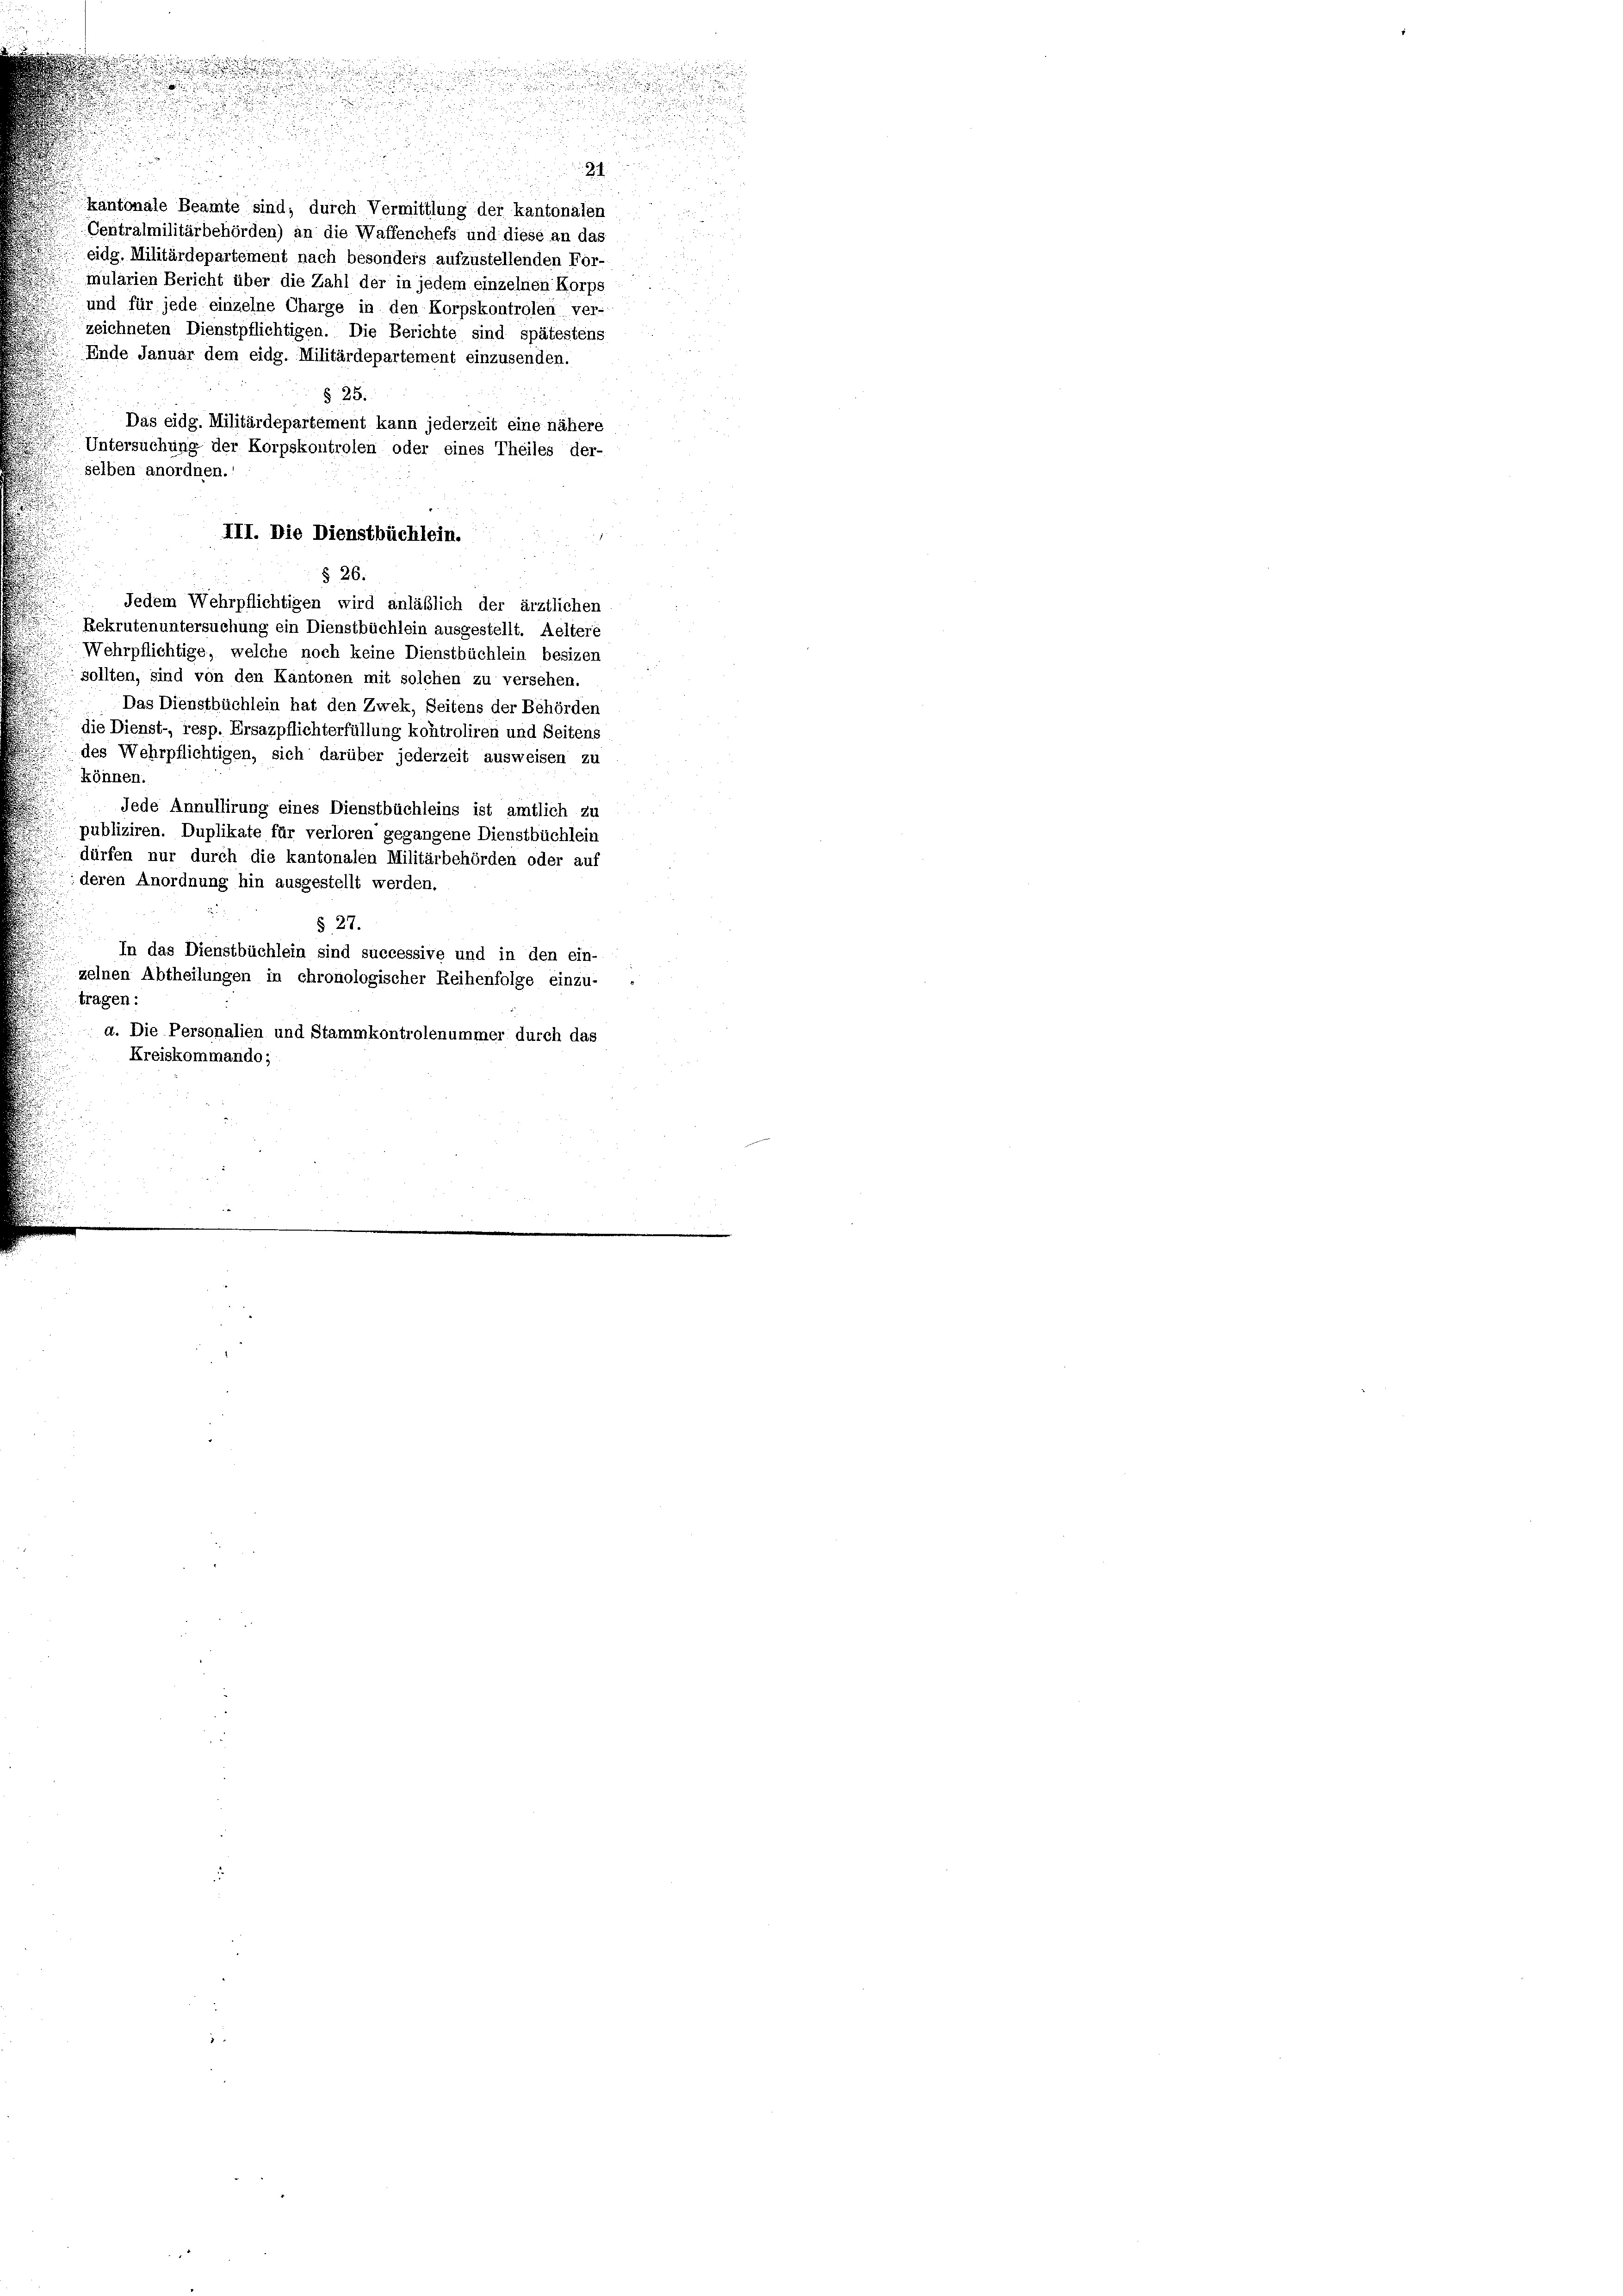
21.
kantonale Beamte sind, durch Vermittlung der kantonalen
Centralmilitärbehörden) an die Waffenchefs und diese an das
eidg. Militärdepartement nach besonders aufzustellenden For-
mularien Bericht über die Zahl der in jedem einzelnen Korps
und für jede einzelne Charge in den Korpskontrolen ver-
zeichneten Dienstpflichtigen. Die Berichte sind spätestens
Ende Januar dem eidg. Militärdepartement einzusenden.
§ 25.
Das eidg. Militärdepartement kann jederzeit eine nähere
Untersuchung der Korpskontrolen oder eines Theiles der-
selben anordnen.
III. Die Dienstbüchlein.
§ 26.
Jedem Wehrpflichtigen wird anläßlich der ärztlichen
Rekrutenuntersuchung ein Dienstbüchlein ausgestellt. Aeltere
Wehrpflichtige, welche noch keine Dienstbüchlein besizen
sollten, sind von den Kantonen mit solchen zu versehen.
Das Dienstbüchlein hat den Zwek, Seitens der Behörden
die Dienst- resp. Ersazpflichterfüllung kontroliren und Seitens
des Wehrpflichtigen, sich darüber jederzeit ausweisen zu
können.
Jede Annullirung eines Dienstbüchleins ist amtlich zu
publiziren. Duplikate für verloren gegangene Dienstbüchlein
dürfen nur durch die kantonalen Militärbehörden oder auf
deren Anordnung hin ausgestellt werden.
§ 27.
In das Dienstbüchlein sind successive und in den ein-
zelnen Abtheilungen in chronologischer Reihenfolge einzu-
tragen:
a. Die Personalien und Stammkontrolenummer durch das
Kreiskommando;

u
i